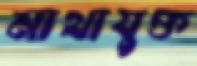
মাথাযুক্ত